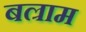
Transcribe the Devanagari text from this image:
बल्राम